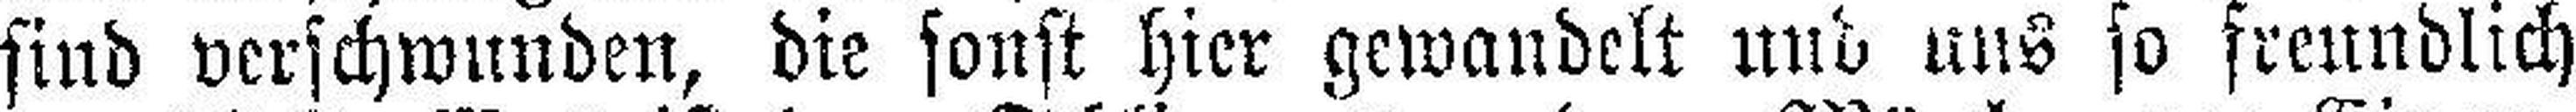
sind verschwunden, die sonst hier gewandelt und uns so freundlich